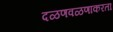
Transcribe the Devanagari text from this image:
दळणवळणाकरता